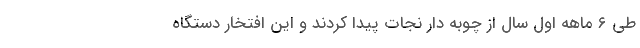
طی ۶ ماهه اول سال از چوبه دار نجات پیدا کردند و این افتخار دستگاه